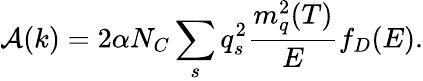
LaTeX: \mathcal{A}(k)=2\alpha N_{C}\sum_{s}q_{s}^{2}\frac{m_{q}^{2}(T)}{E}f_{D}(E).